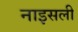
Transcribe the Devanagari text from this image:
नाइसली